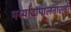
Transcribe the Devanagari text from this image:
मर्य्यादापालनासही